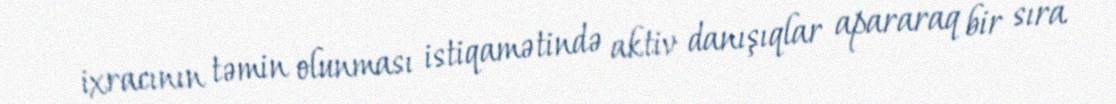
ixracının təmin olunması istiqamətində aktiv danışıqlar apararaq bir sıra